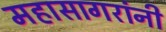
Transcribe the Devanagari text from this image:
महासागरांनी